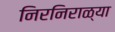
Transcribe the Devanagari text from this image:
निरनिराळ्या